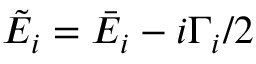
\tilde { E } _ { i } = \bar { E } _ { i } - i \Gamma _ { i } / 2